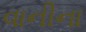
વાનીના